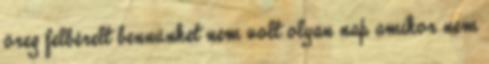
öreg felbérelt bennünket nem volt olyan nap amikor nem